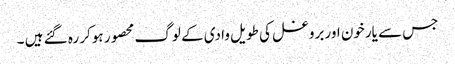
جس سے یارخون اور بروغل کی طویل وادی کے لوگ محصور ہوکر رہ گئے ہیں ۔